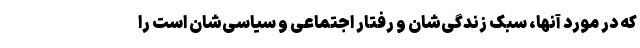
که در مورد آنها، سبک زندگی‌شان و رفتار اجتماعی و سیاسی‌شان است را